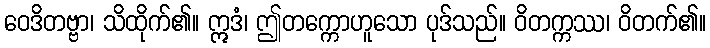
ဝေဒိတဗ္ဗာ၊ သိထိုက်၏။ ဣဒံ၊ ဤတက္ကောဟူသော ပုဒ်သည်။ ဝိတက္ကဿ၊ ဝိတက်၏။